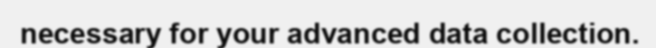
necessary for your advanced data collection.